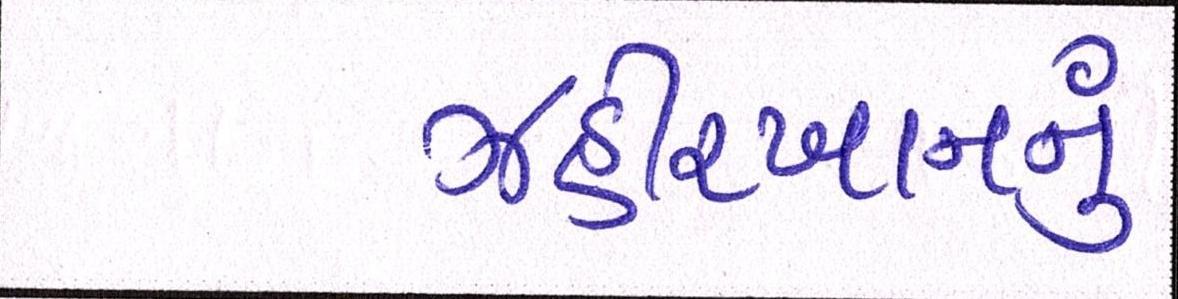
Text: ઝહીરખાનનું